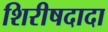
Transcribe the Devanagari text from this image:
शिरीषदादा